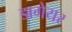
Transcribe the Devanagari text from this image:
डागेयर